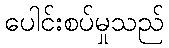
ပေါင်းစပ်မှုသည်